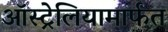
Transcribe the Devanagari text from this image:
ऑस्ट्रेलियामार्फत